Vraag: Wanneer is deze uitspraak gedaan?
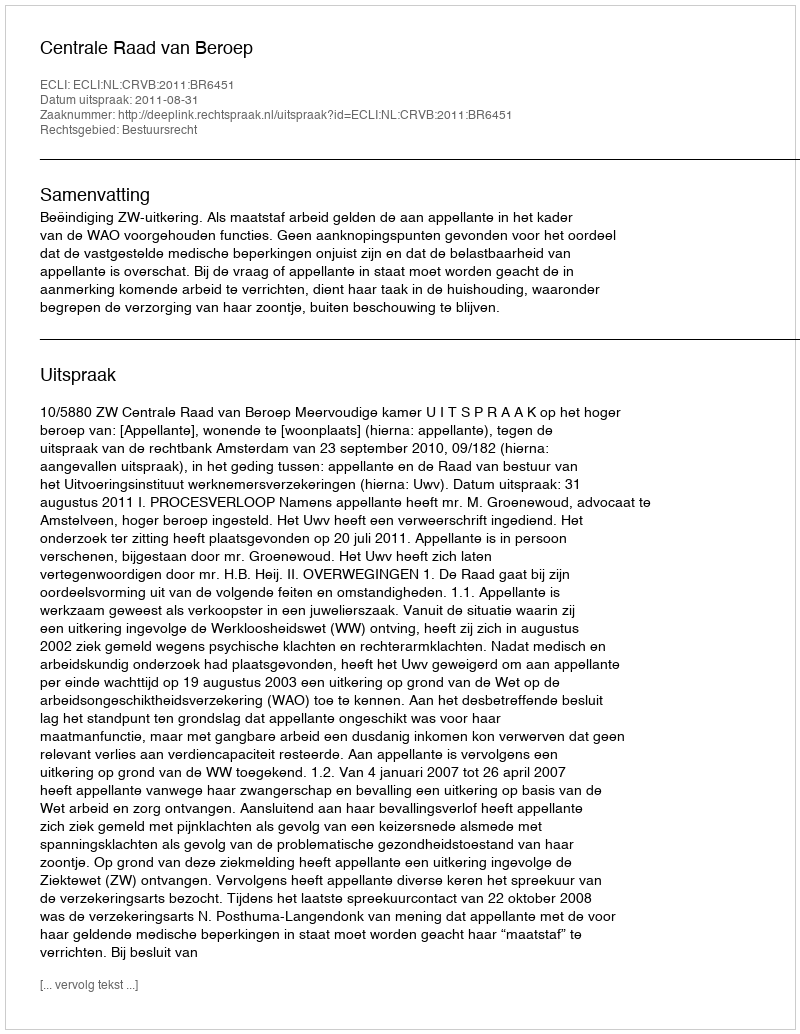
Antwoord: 2011-08-31